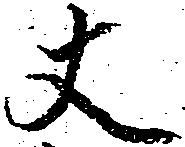
丈